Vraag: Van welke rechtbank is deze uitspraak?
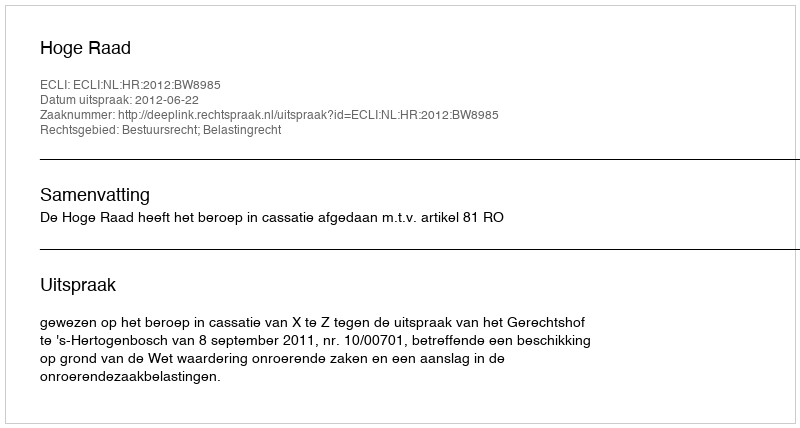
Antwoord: Hoge Raad